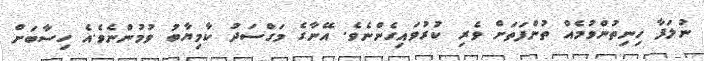
ނުލަފާ ހިނިތުންވުމެއް ތުންފަތަށް ވެރި ކުރުވައިގެންނެވެ. އޭނާގެ މަގްސަދު ކާމިޔާބު ވުމުންނެވެ.އެ ހިސާބަށް